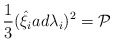
\begin{align*}\frac{1}{3}({\hat{\xi}}_iad{\lambda}_i)^2={\cal P}\end{align*}